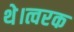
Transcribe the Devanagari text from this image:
थे।त्वरक